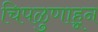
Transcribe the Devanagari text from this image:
चिपळुणाहून